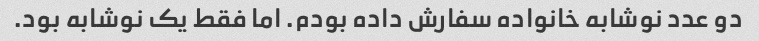
دو عدد نوشابه خانواده سفارش داده بودم. اما فقط یک نوشابه بود.